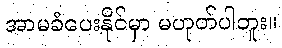
အာမခံပေးနိုင်မှာ မဟုတ်ပါဘူး။